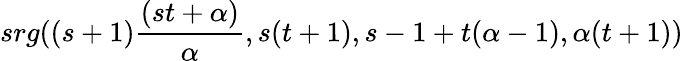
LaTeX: srg((s+1){\frac{(st+\alpha)}{\alpha}},s(t+1),s-1+t(\alpha-1),\alpha(t+1))